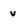
Character: v